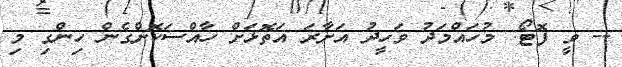
-- ވީ ފޮޓޯ: މުހައްމަދު ވަހީދު އަށާރަ އަތޮޅަށް ހާއްސަކޮށްގެން ހިންގި މި